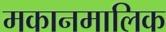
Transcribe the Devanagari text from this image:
मकानमालिक